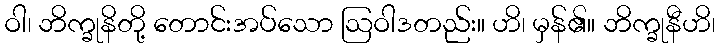
ဝါ၊ ဘိက္ခုနိတို့ တောင်းအပ်သော ဩဝါဒတည်း။ ဟိ၊ မှန်၏။ ဘိက္ခုနီဟိ၊